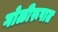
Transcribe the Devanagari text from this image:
गोळीरूपात